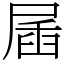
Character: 㞚